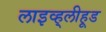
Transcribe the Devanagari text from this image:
लाइव्ह्‌लीहूड